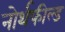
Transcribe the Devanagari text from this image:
नोर्थफील्ड